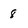
Character: 8